Report of the Indian Hemp Drugs Commission, 1894-1895 - Volume III
Year: 1894
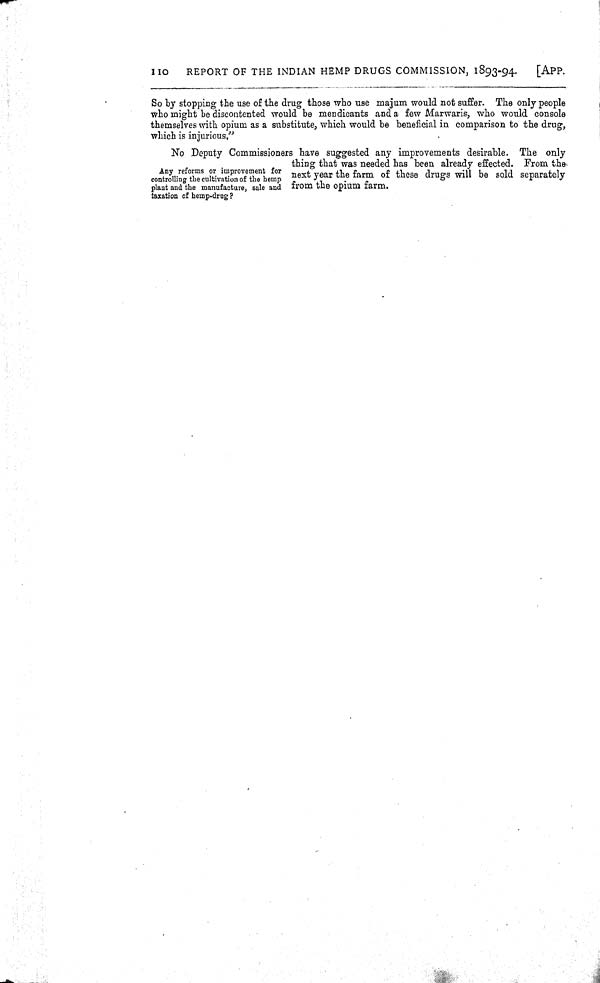
110
REPORT OF THE INDIAN HEMP DRUGS COMMISSION, 1893-94.
[APP.
So by stopping the use of the drug those who use majum would not suffer. The only people
who might be discontented would be mendicants and a few Marwaris, who would console
themselves with opium as a substitute, which would be beneficial in comparison to the drug,
which is injurious."
Any reforms or improvement for
controlling the cultivation of the hemp
plant and the manufacture, sale and
taxation of hemp-drug?
No Deputy Commissioners have suggested any improvements desirable. The only
thing that was needed has been already effected. From the
next year the farm of these drugs will be sold separately
from the opium farm.